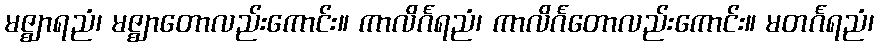
မဇ္ဈာရညံ၊ မဇ္ဈာတောလည်းကောင်း။ ကာလိင်္ဂရညံ၊ ကာလိင်္ဂတောလည်းကောင်း။ မတင်္ဂရညံ၊